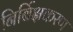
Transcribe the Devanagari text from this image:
निर्बिक्षकरण